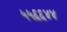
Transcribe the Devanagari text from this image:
५५६६४४